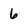
Character: 6